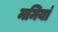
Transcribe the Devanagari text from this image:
ममियां